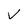
Character: v